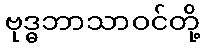
ဗုဒ္ဓဘာသာဝင်တို့